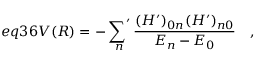
e q 3 6 V ( R ) = - \mathop { { \sum } ^ { \prime } } _ { n } \frac { ( H ^ { \prime } ) _ { 0 n } ( H ^ { \prime } ) _ { n 0 } } { E _ { n } - E _ { 0 } } \quad ,